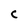
Character: C